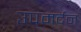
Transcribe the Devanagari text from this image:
उपमर्दन